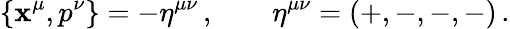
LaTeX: \{ \mathbf{x}^{\mu},p^{\nu}\} =-\eta^{\mu\nu}\, ,~~~~~~~~\eta^{\mu\nu}=(+,-,-,-)\, .